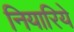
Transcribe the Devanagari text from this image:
नियारिये